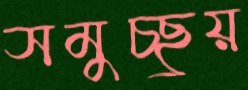
সমুচ্ছ্রয়